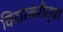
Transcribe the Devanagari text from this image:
विदारकरीत्या